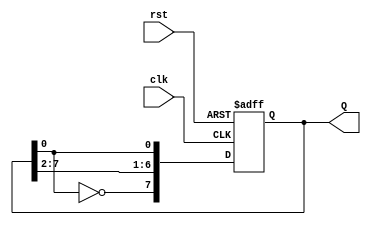
module johnson_counter (
    input wire clk,         // Clock input
    input wire rst,         // Asynchronous reset
    output reg [7:0] Q      // 8-bit counter output
);

    // Always block triggered on the rising edge of the clock or the reset signal
    always @(posedge clk or posedge rst) begin
        if (rst) begin
            // Asynchronous reset: set counter to 0
            Q <= 8'b00000000;
        end else begin
            // Johnson counter logic
            Q[7] <= ~Q[0];      // Invert the last flip-flop output and feed it to the first
            Q[6:1] <= Q[7:2];   // Shift the other bits to the right
        end
    end

endmodule